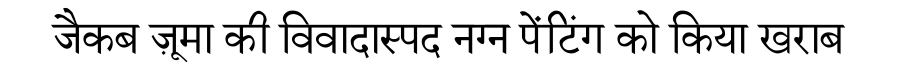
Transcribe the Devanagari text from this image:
जैकब ज़ूमा की विवादास्पद नग्न पेंटिंग को किया खराब